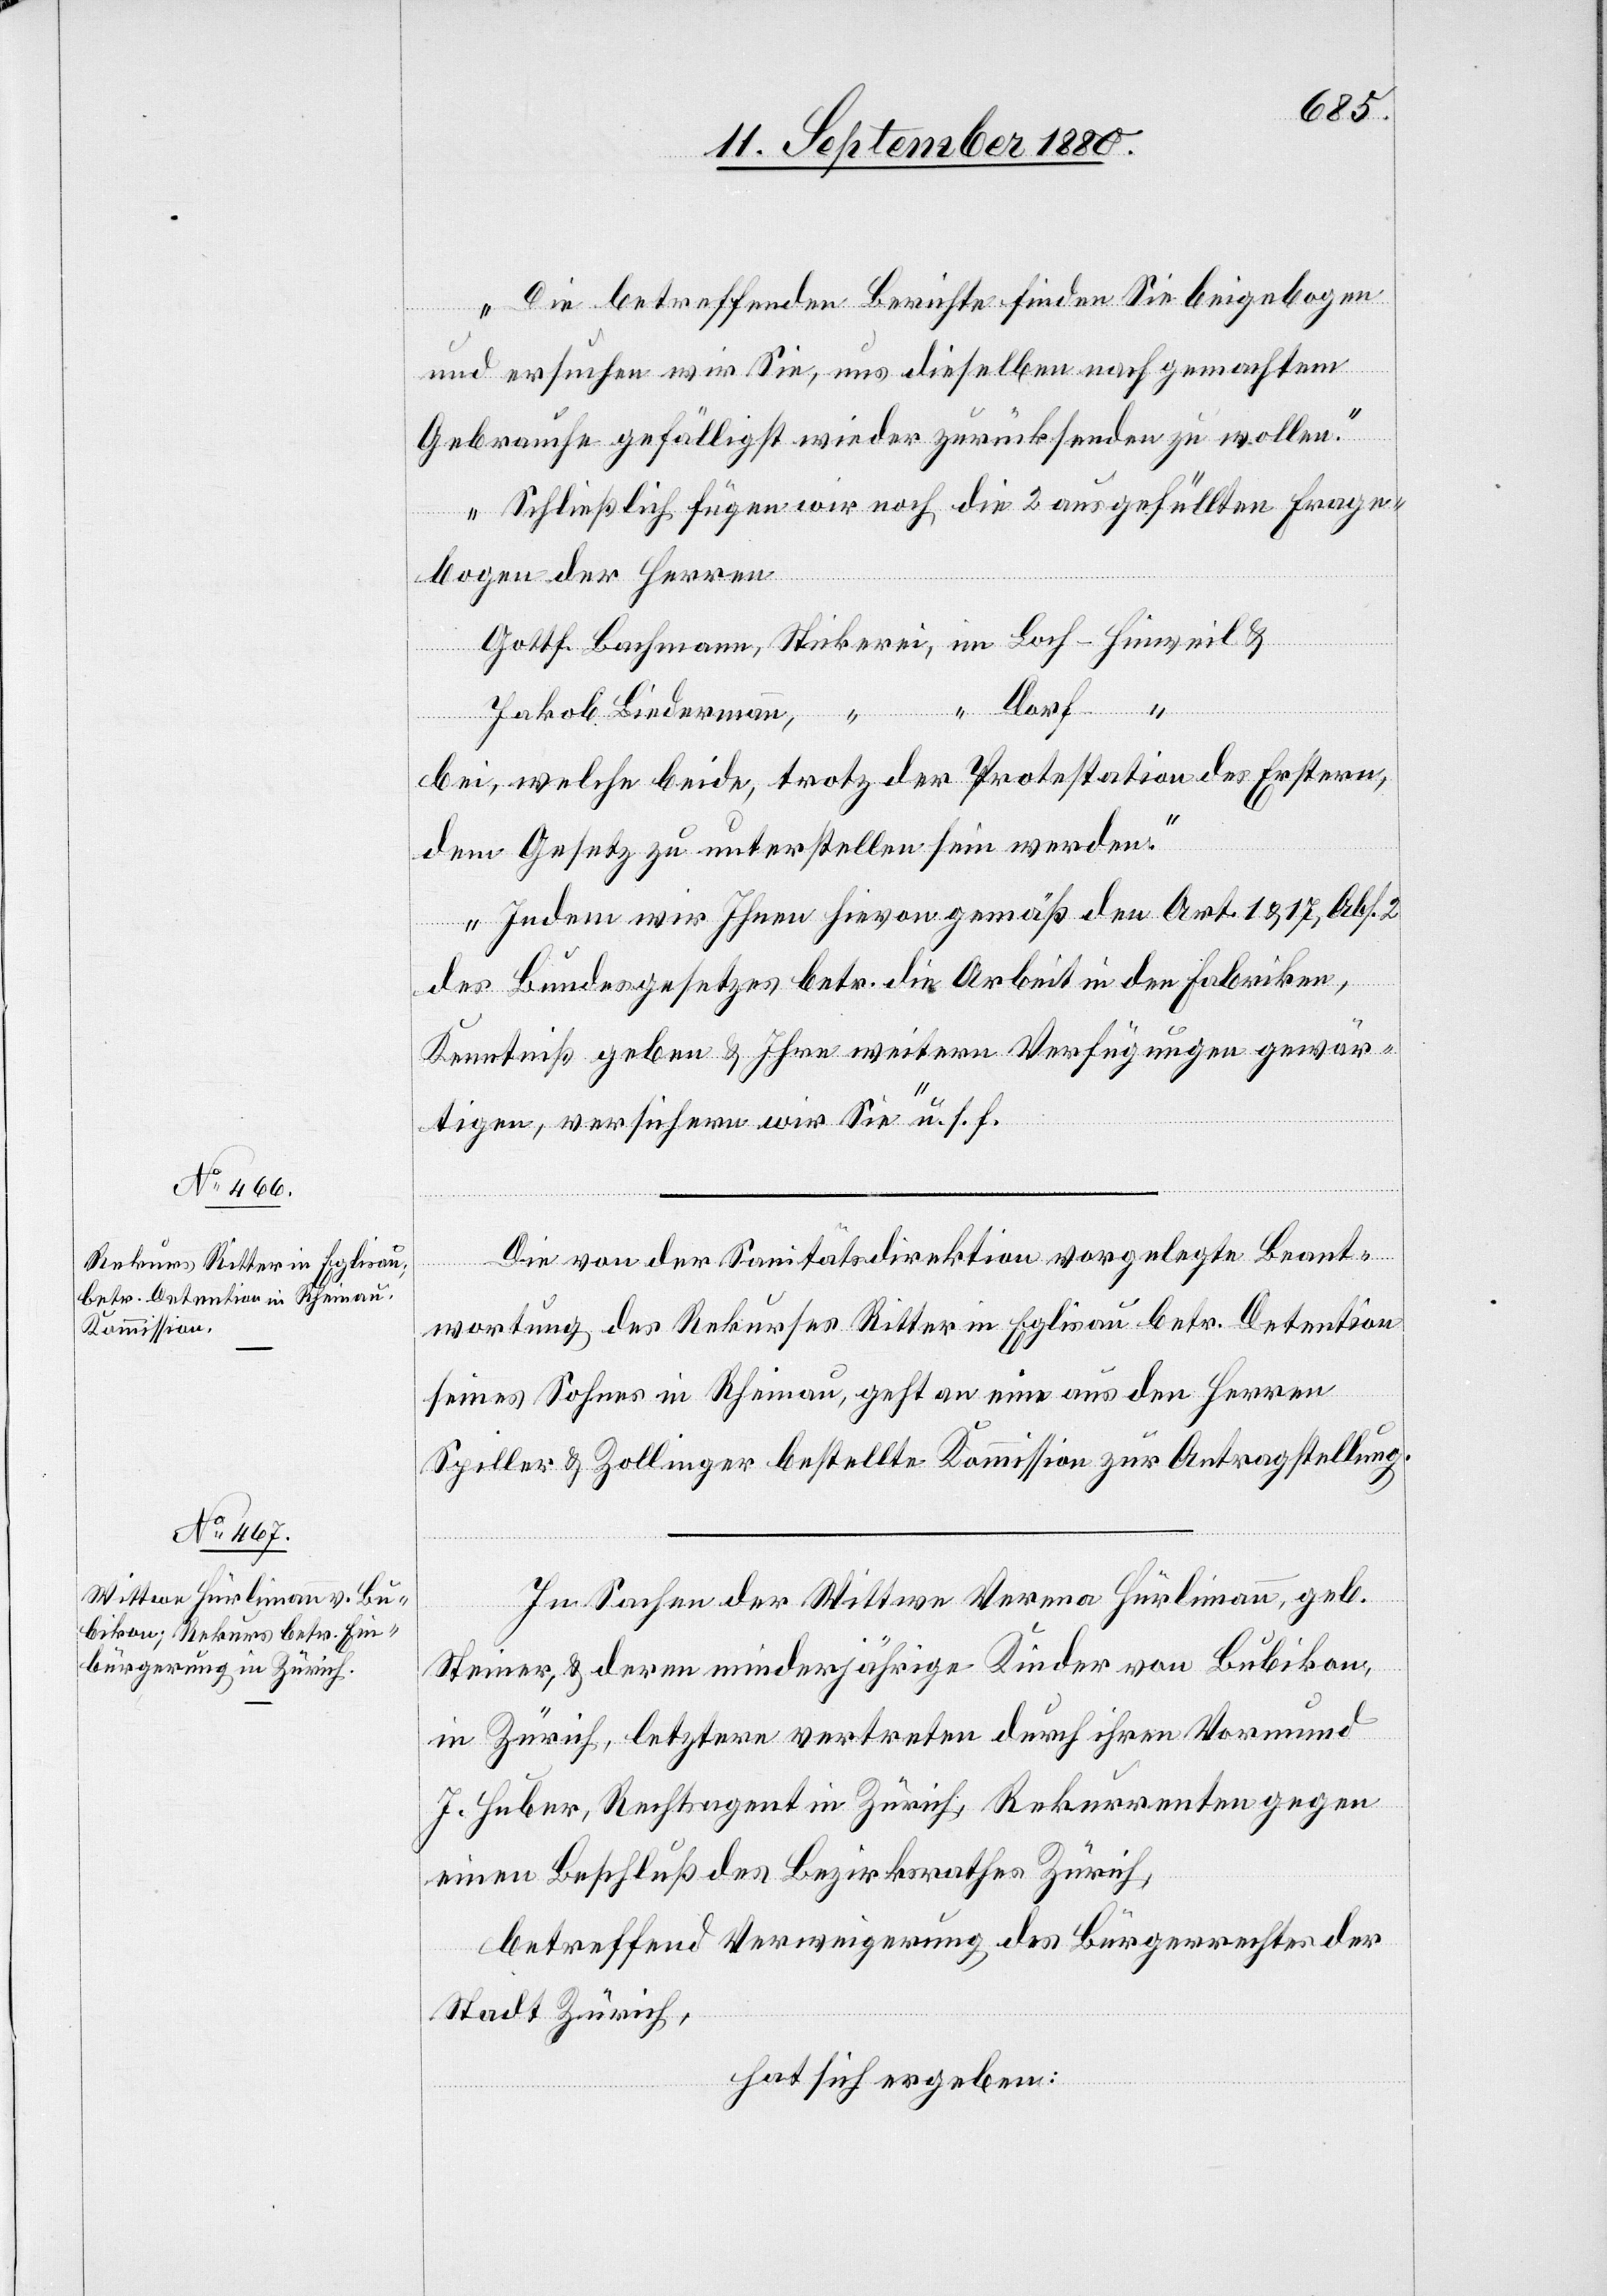
Die betreffenden Berichte finden Sie beigebogen
und ersuchen wir Sie, und dieselben nach gemachtem
Gebrauch gefälligst wieder zurücksenden zu wollen.
Schließlich fügen wir noch die 2 ausgefüllten Frage¬
bogen der Herren
Jakob Biedermann,
bei, welche beide, trotz der Protestation des Erstern,
dem Gesetz zu unterstellen sein werden.
Indem wir Ihnen hievon gemäß den Art. 1 & 17, Abs. 2
des Bundesgesetzes betr. die Arbeit in den Fabriken,
Kenntniß geben & Ihnen weitere Verfügungen gewähr¬
en, versichern wir Sie“ u. s. f.
Die von der Sanitätsdirektion vorgelegte Beant¬
wortung des Rekurses Ritter in Eglisau betr. Detention
seines Sohnes in Rheinau, geht an eine aus den Herren
Spiller & Zollinger bestellte Kommission zur Antragstellung.
In Sachen der Wittwe Verena Hürlimann, geb.
Steiner, & deren minderjährige Kinder von Bubikon,
in Zürich, letztere vertreten durch ihren Vormund
J. Huber, Rechtsagent in Zürich, Rekurrenten gegen
einen Beschluß des Bezirksrathes Zürich,
betreffend Verweigerung des Bürgerrechtes der
Stadt Zürich,
hat sich ergeben: